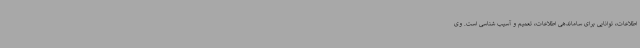
اطلاعات، توانایی برای ساماندهی اطلاعات، تعمیم و آسیب شناسی است. وی